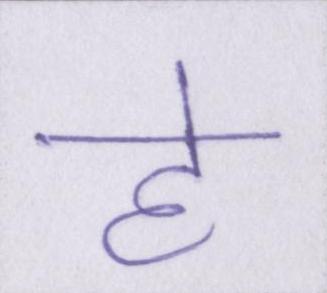
हे